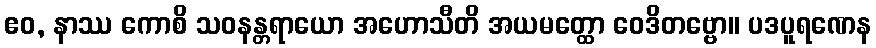
ဧဝ, နာဿ ကောစိ သဝနန္တရာယော အဟောသီတိ အယမတ္ထော ဝေဒိတဗ္ဗော။ ပဒပူရဏေန